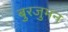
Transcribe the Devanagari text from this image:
बुरजुमन